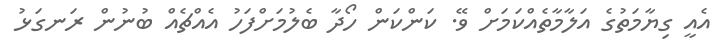
އެއީ ގިޔާމަތުގެ އަލާމާތެއްކަމަށް ވޭ. ކަންކަން ހޯދާ ބެލުމަށްފަހު އެއްޗެއް ބުނުން ރަނގަޅު